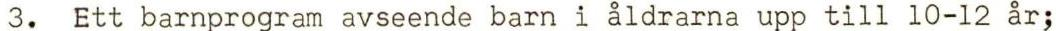
3. Ett barnprogram avseende barn i åldrarna upp till 10-12 år;